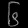
Digit: ၆